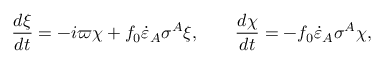
\frac { d \xi } { d t } = - i \varpi \chi + f _ { 0 } \dot { \varepsilon } _ { A } \sigma ^ { A } \xi , \qquad \frac { d \chi } { d t } = - f _ { 0 } \dot { \varepsilon } _ { A } \sigma ^ { A } \chi ,